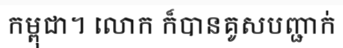
កម្ពុជា។ លោក ក៏បានគូសបញ្ជាក់